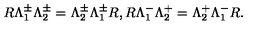
R \Lambda _ { 1 } ^ { \pm } \Lambda _ { 2 } ^ { \pm } = \Lambda _ { 2 } ^ { \pm } \Lambda _ { 1 } ^ { \pm } R , R \Lambda _ { 1 } ^ { - } \Lambda _ { 2 } ^ { + } = \Lambda _ { 2 } ^ { + } \Lambda _ { 1 } ^ { - } R .